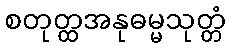
စတုတ္ထအနုဓမ္မသုတ္တံ